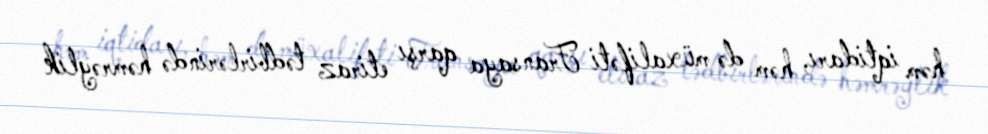
həm iqtidarı, həm də müxalifəti Fransaya qarşı etiraz tədbirlərində həmrəylik